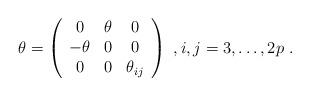
LaTeX: \begin{align*}\theta=\left(\begin{array}{ccc}0 & \theta & 0 \\-\theta & 0 & 0 \\0 & 0 & \theta_{ij} \\ \end{array}\right)\ , i, j=3,\dots, 2p \ .\end{align*}